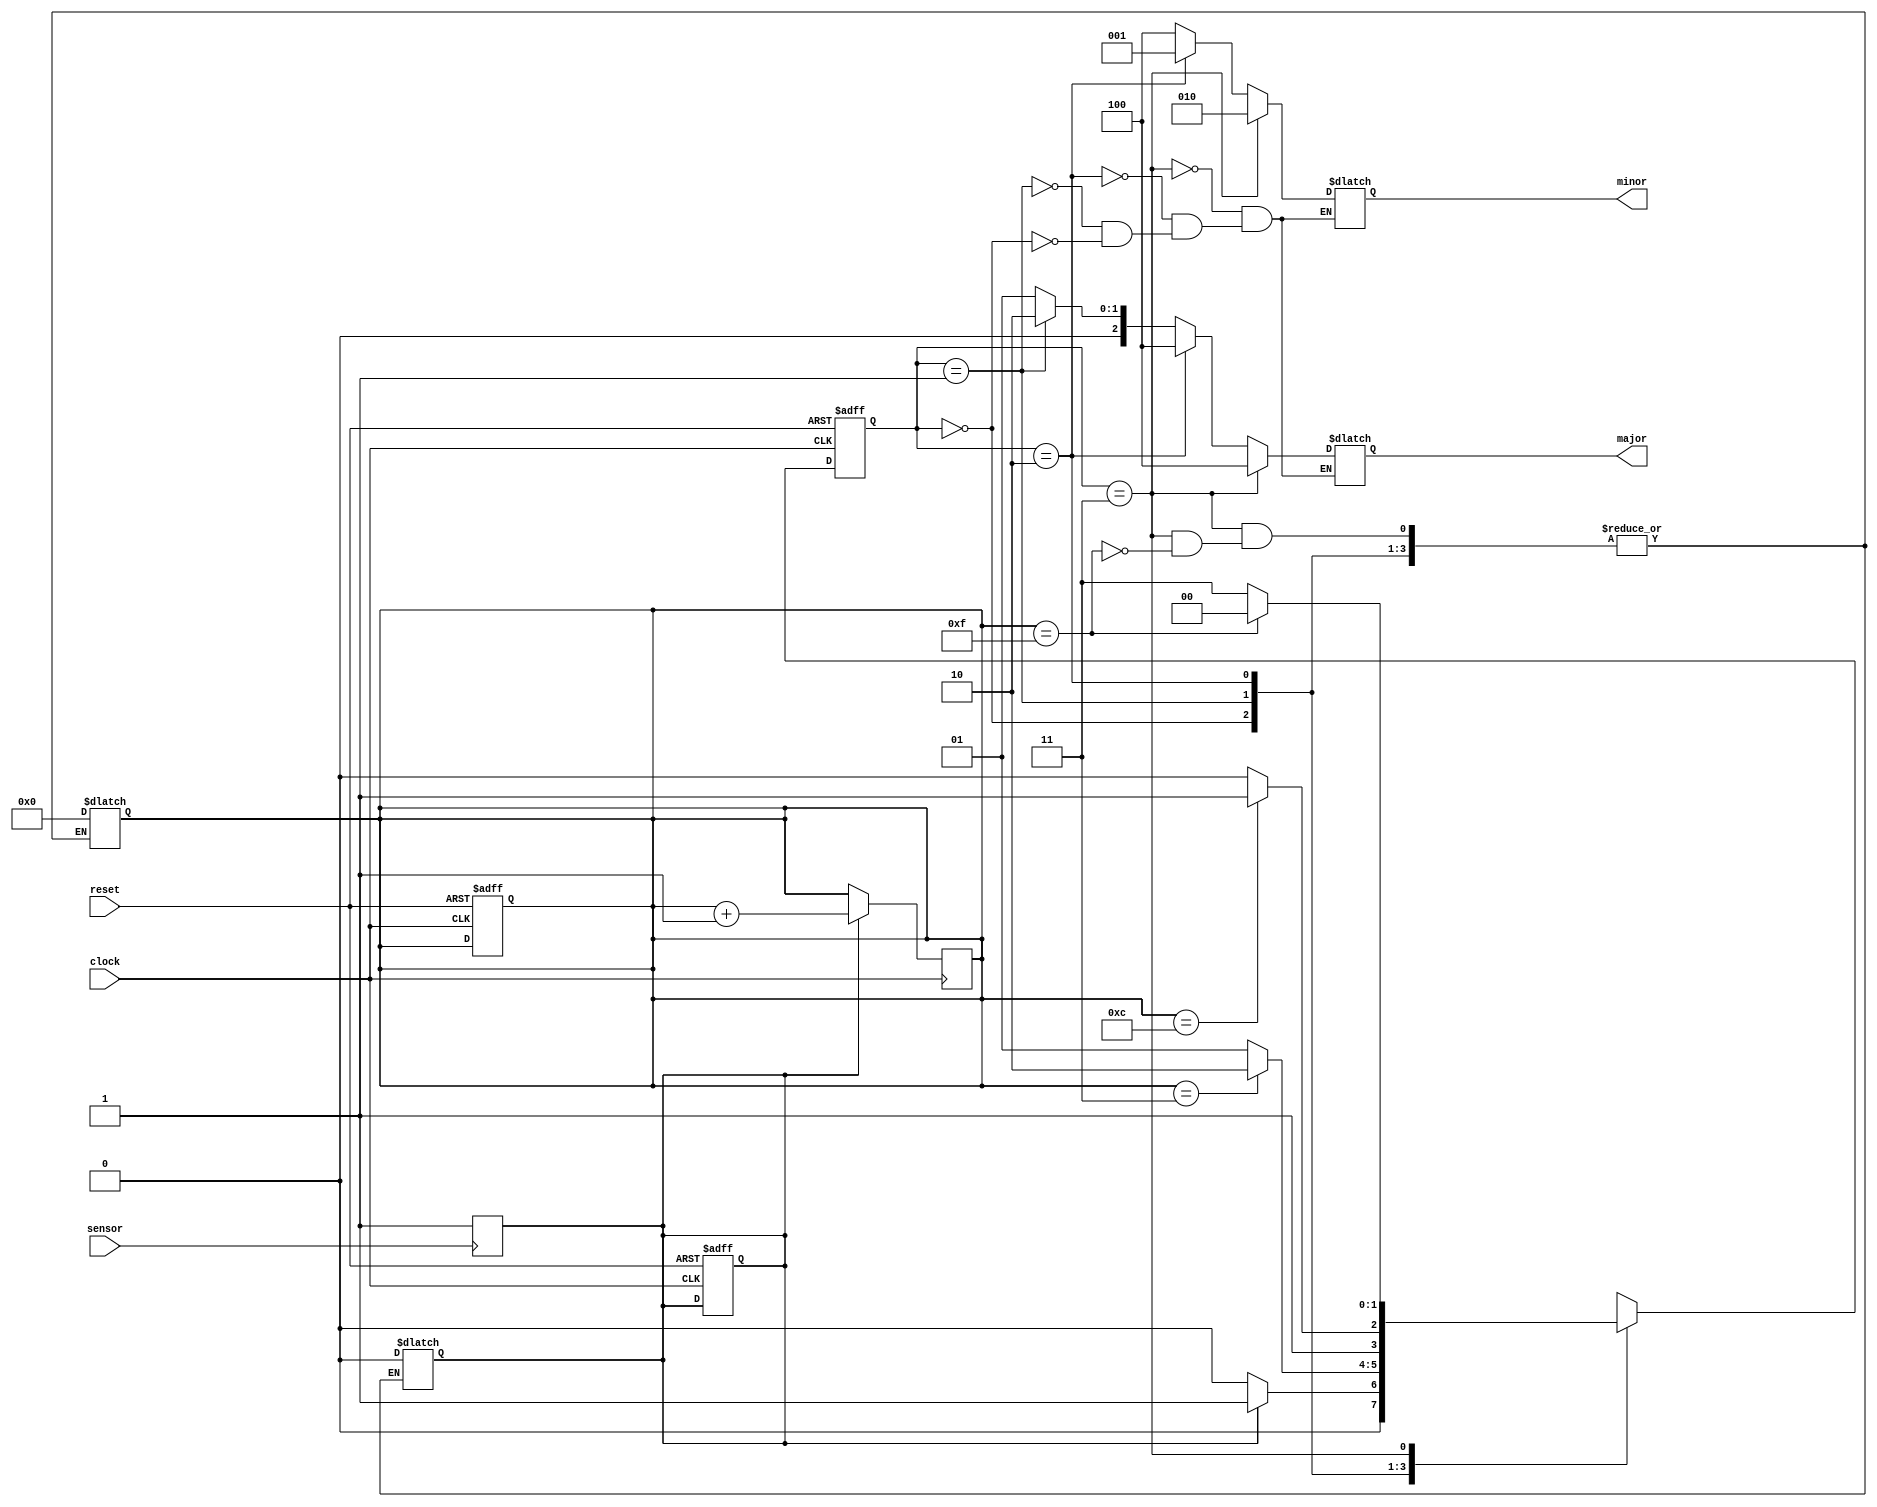

module traffic_controller(
	input clock,
	input reset,
	input sensor,
	output reg [2:0] major,
	output reg [2:0] minor
);

	parameter S0 = 2'b00;
	parameter S1 = 2'b01;
	parameter S2 = 2'b10;
	parameter S3 = 2'b11;
	
	reg [1:0] current_state, next_state;
	reg [3:0] light_timer;
	reg sensor_reg;

	always @(posedge clock or negedge reset)
		if(~reset) begin
			current_state <= S0;
			light_timer <= 4'b0000;
			sensor_reg <= 1'b0;
			end
		else
			current_state <= next_state;

	always @(posedge sensor)
		sensor_reg <= 1'b1;

	always @(posedge clock)
		if(sensor_reg == 1'b1)
			light_timer <= light_timer + 1;

	always @(*)
		case(current_state)
			S0: begin
					if(sensor_reg == 1'b1)
						next_state = S1;
					else
						next_state = S0;
				end
			S1: begin
					if(light_timer == 4'b0011)
						next_state = S2;
					else
						next_state = S1;
				end
			S2: begin
					if(light_timer == 4'b1100)
						next_state = S3;
					else
						next_state = S2;
				end
			S3: begin
					if(light_timer == 4'b1111) begin
						next_state = S0;
						sensor_reg = 1'b0;
						light_timer = 4'b0000;
						end
					else
						next_state = S3;
				end
			default: next_state = S0;
		endcase

	always @(*) begin
		if(current_state == S0) begin
			major = 3'b001;	// green
			minor = 3'b100;	// red
			end
		if(current_state == S1) begin
			major = 3'b010;	// yellow
			minor = 3'b100;	// red
			end
		if(current_state == S2) begin
			major = 3'b100;	// red
			minor = 3'b001;	// green
			end
		if(current_state == S3) begin
			major = 3'b100; // red
			minor = 3'b010; // yellow
			end
		end
endmodule